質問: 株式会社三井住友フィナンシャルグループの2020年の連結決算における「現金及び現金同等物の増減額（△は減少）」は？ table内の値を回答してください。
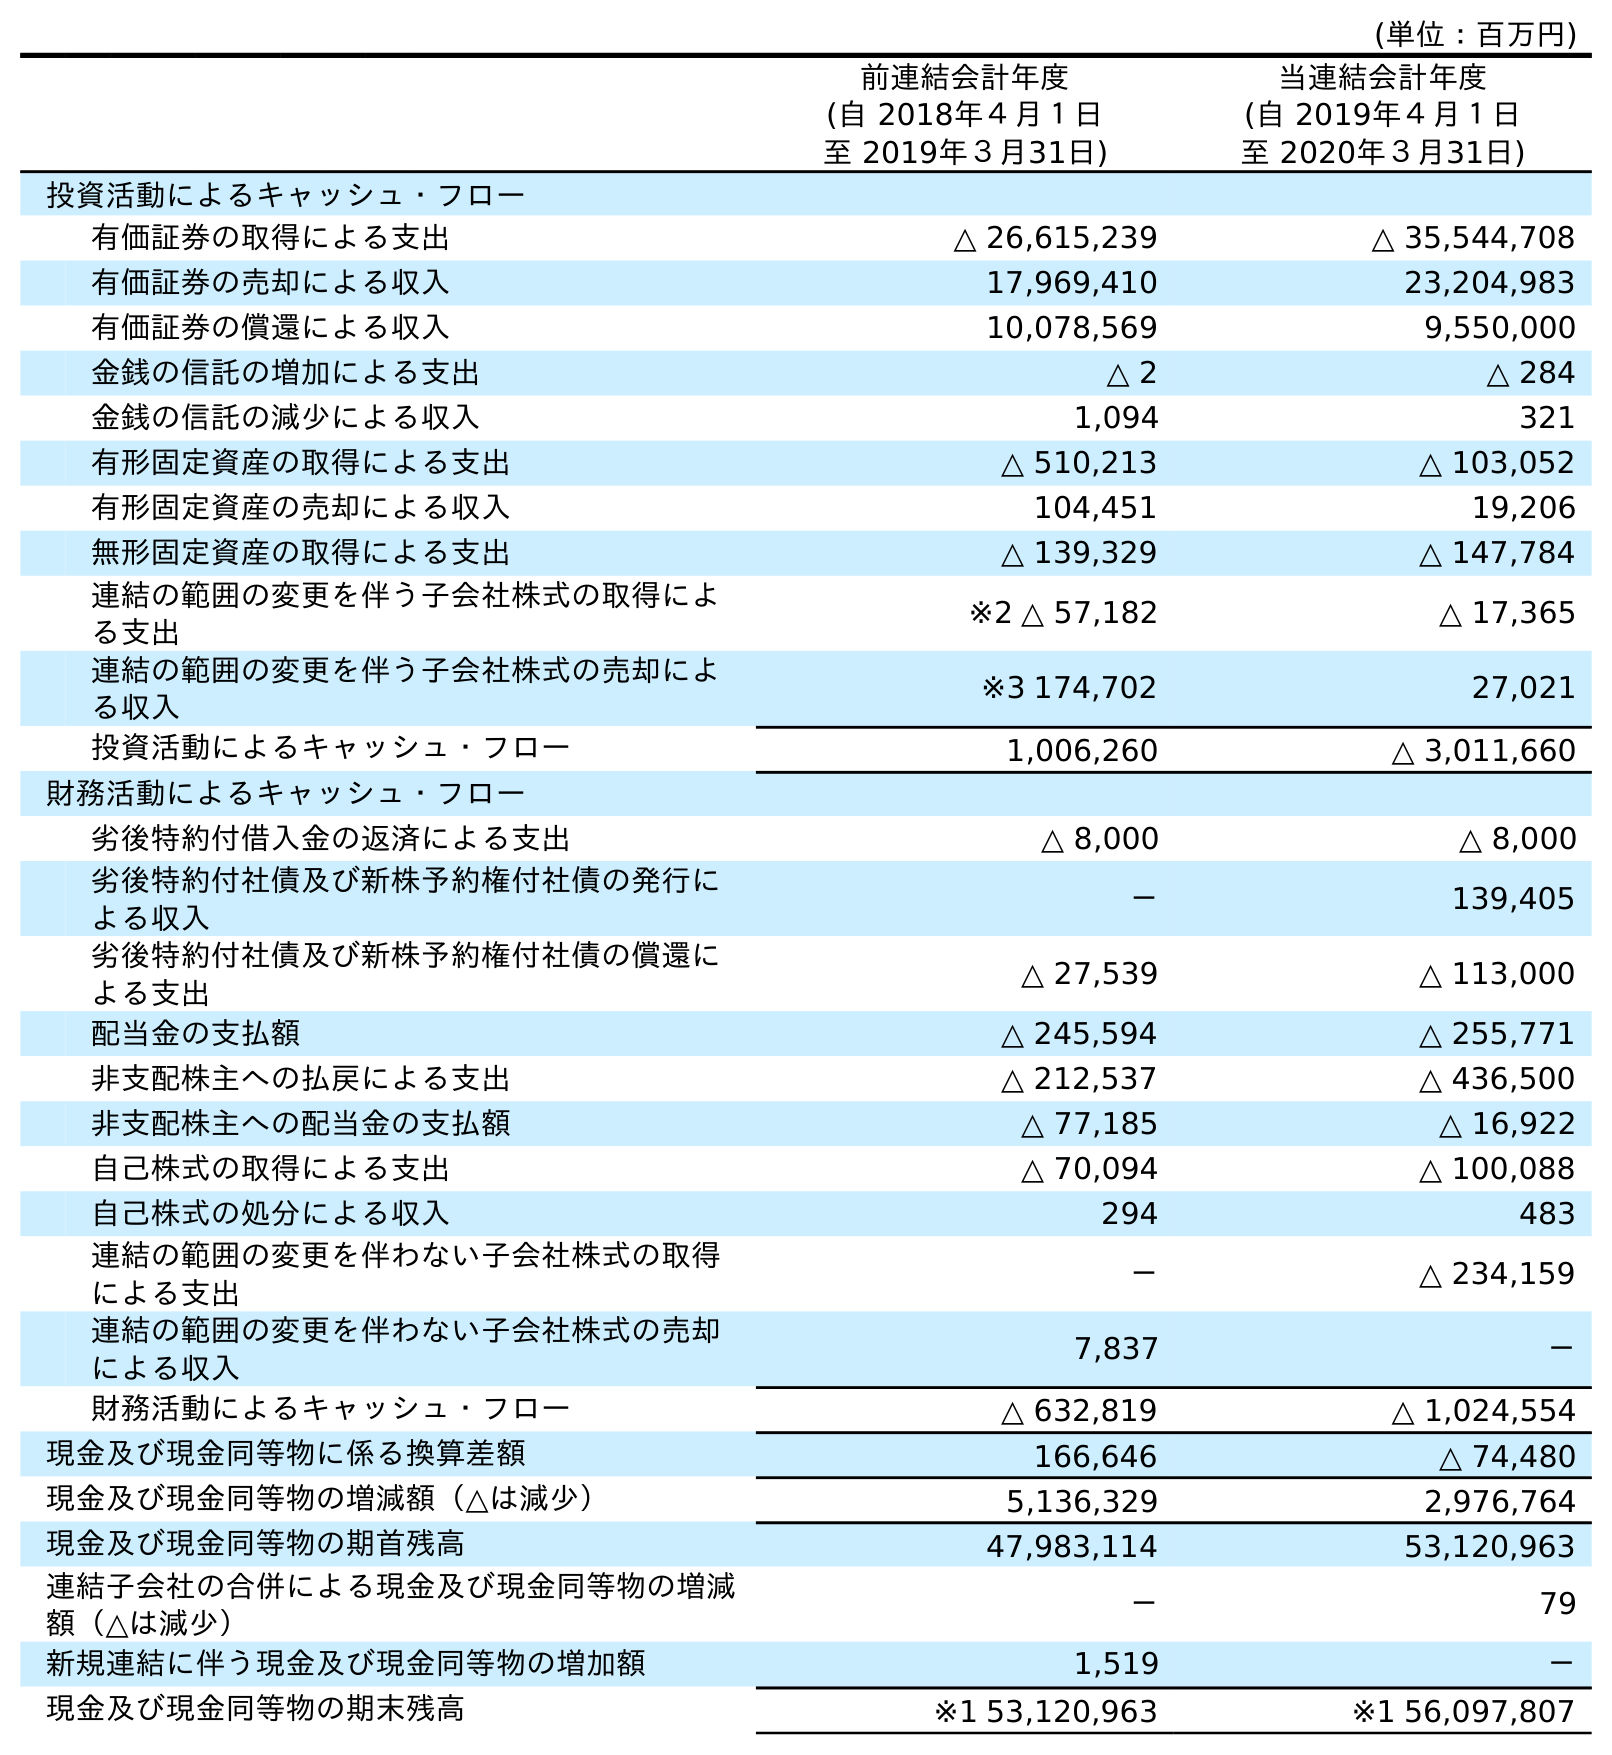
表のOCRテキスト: (単位：百万円) 前連結会計年度 (自 2018年４月１日 至 2019年３月31日) 当連結会計年度 (自 2019年４月１日 至 2020年３月31日) 投資活動によるキャッシュ・フロー 有価証券の取得による支出 △ 26,615,239 △ 35,544,708 有価証券の売却による収入 17,969,410 23,204,983 有価証券の償還による収入 10,078,569 9,550,000 金銭の信託の増加による支出 △ 2 △ 284 金銭の信託の減少による収入 1,094 321 有形固定資産の取得による支出 △ 510,213 △ 103,052 有形固定資産の売却による収入 104,451 19,206 無形固定資産の取得による支出 △ 139,329 △ 147,784 連結の範囲の変更を伴う子会社株式の取得によ る支出 ※2 △ 57,182 △ 17,365 連結の範囲の変更を伴う子会社株式の売却によ る収入 ※3 174,702 27,021 投資活動によるキャッシュ・フロー 1,006,260 △ 3,011,660 財務活動によるキャッシュ・フロー 劣後特約付借入金の返済による支出 △ 8,000 △ 8,000 劣後特約付社債及び新株予約権付社債の発行に よる収入 － 139,405 劣後特約付社債及び新株予約権付社債の償還に よる支出 △ 27,539 △ 113,000 配当金の支払額 △ 245,594 △ 255,771 非支配株主への払戻による支出 △ 212,537 △ 436,500 非支配株主への配当金の支払額 △ 77,185 △ 16,922 自己株式の取得による支出 △ 70,094 △ 100,088 自己株式の処分による収入 294 483 連結の範囲の変更を伴わない子会社株式の取得 による支出 － △ 234,159 連結の範囲の変更を伴わない子会社株式の売却 による収入 7,837 － 財務活動によるキャッシュ・フロー △ 632,819 △ 1,024,554 現金及び現金同等物に係る換算差額 166,646 △ 74,480 現金及び現金同等物の増減額（△は減少） 5,136,329 2,976,764 現金及び現金同等物の期首残高 47,983,114 53,120,963 連結子会社の合併による現金及び現金同等物の増減 額（△は減少） － 79 新規連結に伴う現金及び現金同等物の増加額 1,519 － 現金及び現金同等物の期末残高 ※1 53,120,963 ※1 56,097,807
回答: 2,976,764